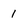
Character: 1